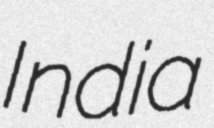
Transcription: India